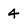
Character: 4